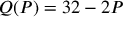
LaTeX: Q ( P ) = 3 2 - 2 P